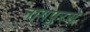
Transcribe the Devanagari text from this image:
नागपुरसे